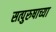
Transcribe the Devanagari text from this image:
सत्पुरुषाच्या